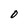
Character: 0